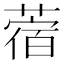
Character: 蓿